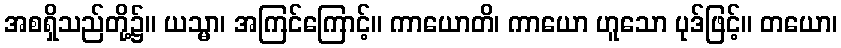
အစရှိသည်တို့၌။ ယသ္မာ၊ အကြင်ကြောင့်။ ကာယောတိ၊ ကာယော ဟူသော ပုဒ်ဖြင့်။ တယော၊